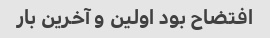
افتضاح بود اولین و آخرین بار